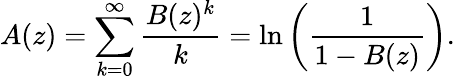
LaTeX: A(z)=\sum_{k=0}^{\infty}{\frac{B(z)^{k}}{k}}=\ln\left({\frac{1}{1-B(z)}}\right).